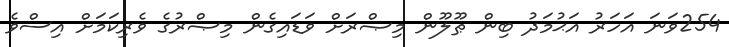
254ވަނަ އަހަރު އަޙުމަދު ބިން ޠޫލޫން މިޞްރަށް ވަޑައިގެން މިޞްރުގެ ވެރިކަމަށް އިސްވެ